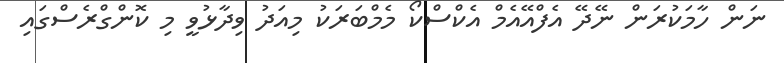
ނަން ހާމަކުރަން ނޭދޭ އެފްއޭއެމް އެކްސްކޯ މެމްބަރަކު މިއަދު ވިދާޅުވީ މި ކޮންގްރެސްގައި